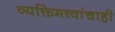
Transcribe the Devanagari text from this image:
व्यक्तिमत्त्वांचाही